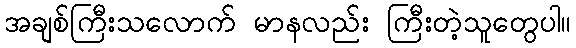
အချစ်ကြီးသလောက် မာနလည်း ကြီးတဲ့သူတွေပါ။